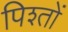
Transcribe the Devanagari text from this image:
पिश्तों